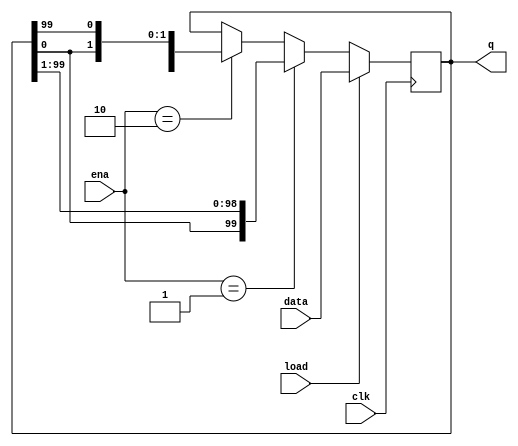
module top_module(
    input clk,
    input load,
    input [1:0] ena,
    input [99:0] data,
    output reg [99:0] q); 
    
    always @(posedge clk)
        begin
            if(load)
                q <= data;
            else if(ena==2'd1)
                q <= {q[0], q[99:1]};
            else if(ena==2'd2)
                q <= {q[98:0], q[99]};
            else
                q <= q;
        end
endmodule